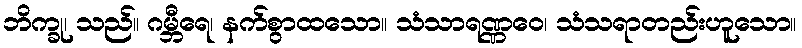
ဘိက္ခု၊ သည်။ ဂမ္ဘီရေ၊ နက်စွာထသော။ သံသာရဏ္ဏဝေ၊ သံသရာတည်းဟူသော။